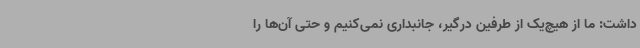
داشت: ما از هیچ‌یک از طرفین درگیر، جانبداری نمی‌کنیم و حتی آن‌ها را